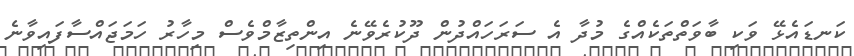
ކަނޑައެޅޭ ވަކި ބާވަތްތަކެއްގެ މުދާ އެ ސަރަހައްދުން ދޫކުރެވޭނެ އިންތިޒާމްވެސް މިހާރު ހަމަޖައްސާފައިވާނެ